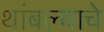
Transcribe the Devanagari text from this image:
थांबल्याचे